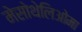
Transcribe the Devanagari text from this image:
मेसोथेलिओमा